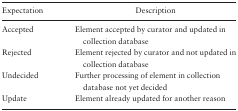
<table><thead><tr><td><b>Expectation</b></td><td><b>Description</b></td></tr></thead><tbody><tr><td>Accepted</td><td>Element accepted by curator and updated in collection database</td></tr><tr><td>Rejected</td><td>Element rejected by curator and not updated in collection database</td></tr><tr><td>Undecided</td><td>Further processing of element in collection database not yet decided</td></tr><tr><td>Update</td><td>Element already updated for another reason</td></tr></tbody></table>